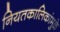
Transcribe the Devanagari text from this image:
नियतकालिकांमुळे